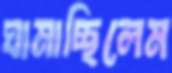
ঘামাচ্ছিলেম